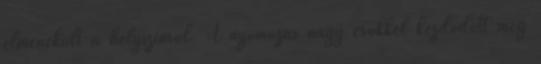
elmenekült a helyszínről. A nyomozás nagy erőkkel kezdődött meg